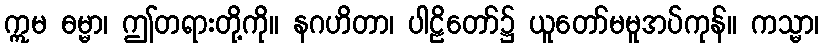
ဣမ ဓမ္မာ၊ ဤတရားတို့ကို။ နဂဟိတာ၊ ပါဠိတော်၌ ယူတော်မမူအပ်ကုန်။ ကသ္မာ၊